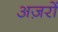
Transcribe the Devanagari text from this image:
अज़रों